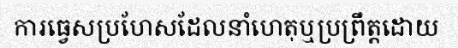
ការធ្វេសប្រហែសដែលនាំហេតុឬប្រព្រឹត្តដោយ